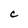
Character: C